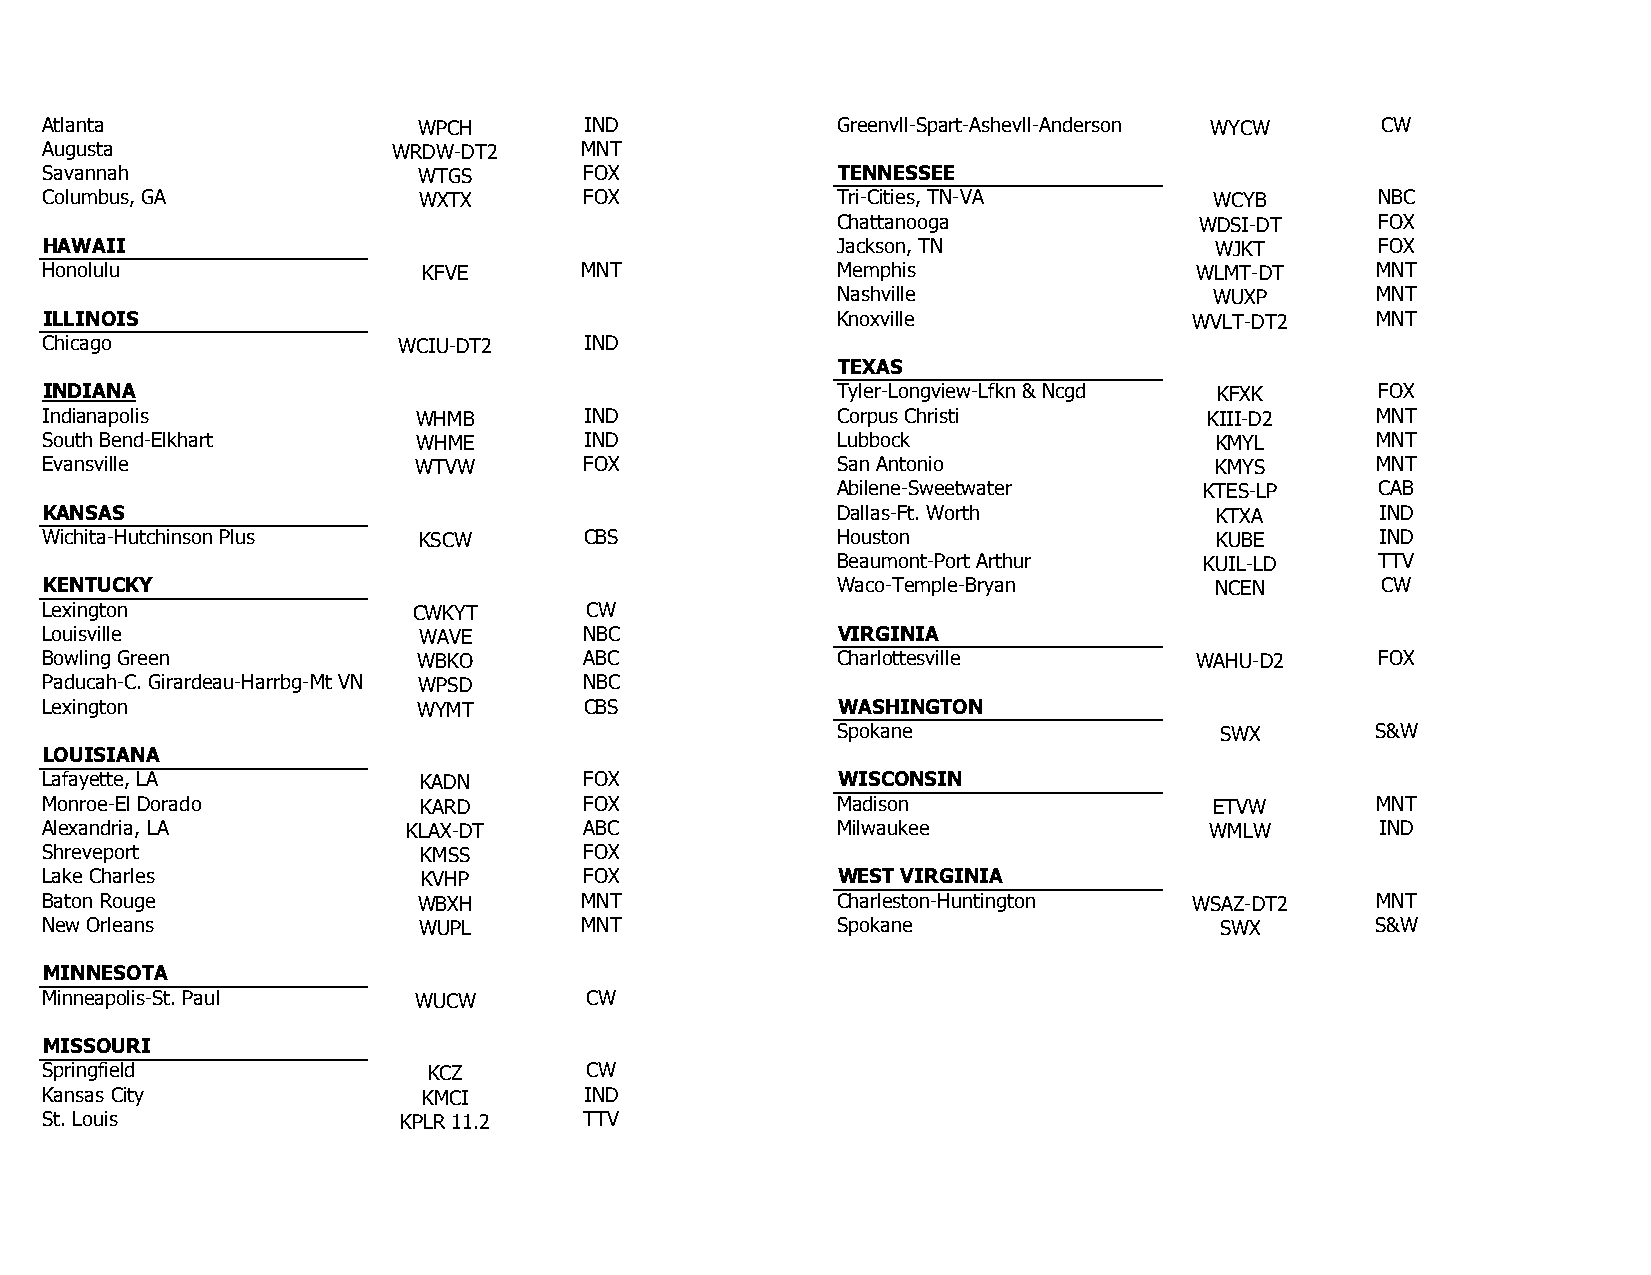
Atlanta                  WPCH       IND             Greenvll-Spart-Ashevll-Anderson WYCW CW
 Augusta                WRDW-DT2    MNT
 Savannah                 WTGS       FOX             TENNESSEE
 Columbus, GA             WXTX       FOX             Tri-Cities, TN-VA        WCYB       NBC
 Chattanooga             WDSI-DT     FOX
 HAWAII                                              Jackson, TN              WJKT       FOX
 Honolulu                 KFVE      MNT              Memphis                 WLMT-DT     MNT
 Nashville                WUXP       MNT
 ILLINOIS                                            Knoxville               WVLT-DT2    MNT
 Chicago                WCIU-DT2     IND
 TEXAS
 INDIANA                                             Tyler-Longview-Lfkn & Ncgd KFXK     FOX
 Indianapolis             WHMB       IND             Corpus Christi           KIII-D2    MNT
 South Bend-Elkhart       WHME       IND             Lubbock                  KMYL       MNT
 Evansville              WTVW        FOX             San Antonio              KMYS       MNT
 Abilene-Sweetwater       KTES-LP    CAB
 KANSAS                                              Dallas-Ft. Worth         KTXA       IND
 Wichita-Hutchinson Plus  KSCW       CBS             Houston                  KUBE       IND
 Beaumont-Port Arthur     KUIL-LD    TTV
 KENTUCKY                                            Waco-Temple-Bryan        NCEN       CW
 Lexington               CWKYT       CW
 Louisville               WAVE       NBC             VIRGINIA
 Bowling Green            WBKO       ABC             Charlottesville         WAHU-D2     FOX
 Paducah-C. Girardeau-Harrbg-Mt VN WPSD NBC
 Lexington                WYMT       CBS             WASHINGTON
 Spokane                   SWX       S&W
 LOUISIANA
 Lafayette, LA            KADN       FOX             WISCONSIN
 Monroe-El Dorado         KARD       FOX             Madison                  ETVW       MNT
 Alexandria, LA          KLAX-DT     ABC             Milwaukee                WMLW       IND
 Shreveport               KMSS       FOX
 Lake Charles             KVHP       FOX             WEST VIRGINIA
 Baton Rouge              WBXH      MNT              Charleston-Huntington   WSAZ-DT2    MNT
 New Orleans              WUPL      MNT              Spokane                   SWX       S&W
 MINNESOTA
 Minneapolis-St. Paul    WUCW        CW
 MISSOURI
 Springfield              KCZ        CW
 Kansas City              KMCI       IND
 St. Louis              KPLR 11.2    TTV